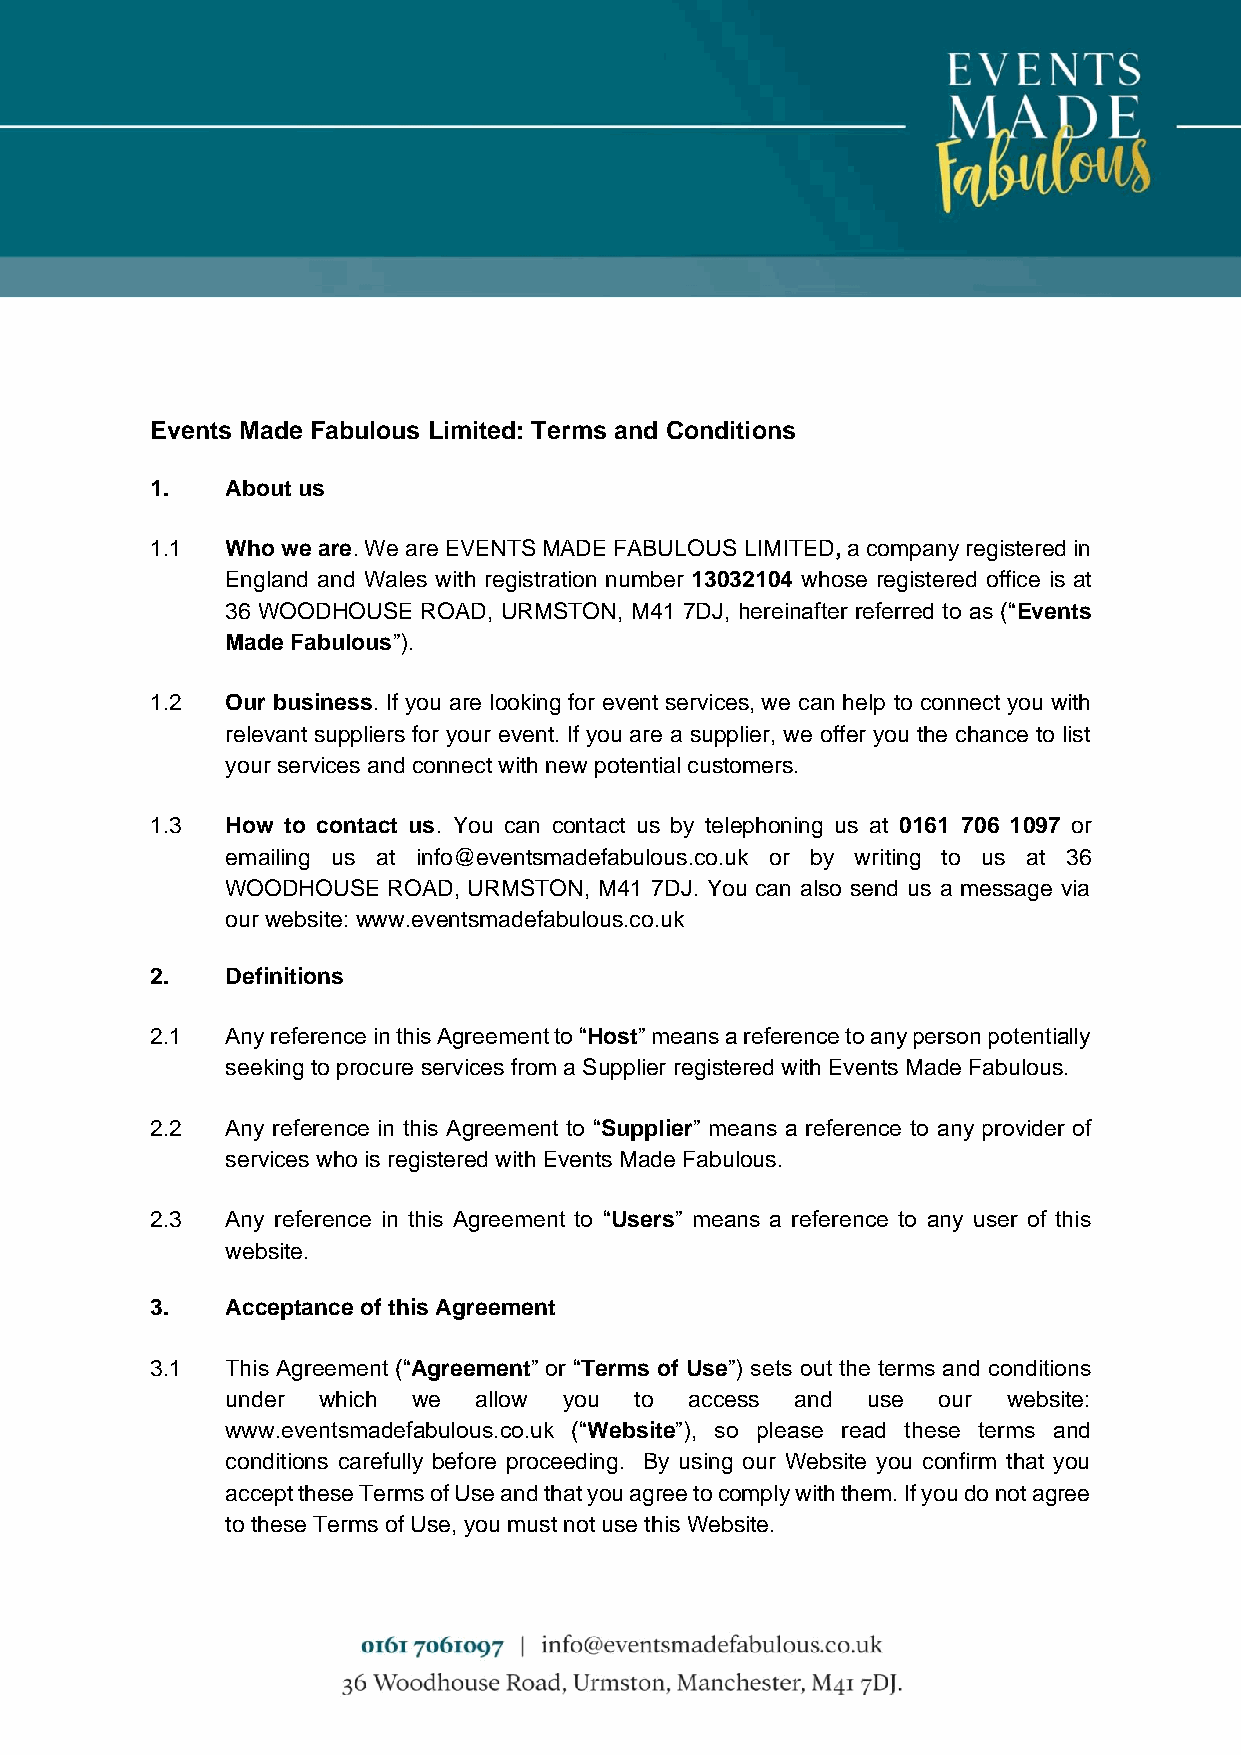
Events Made Fabulous Limited: Terms and Conditions
 1.   About us
 1.1  Who we are. We are EVENTS MADE FABULOUS LIMITED, a company registered in
 England and Wales with registration number 13032104 whose registered office is at
 36 WOODHOUSE ROAD, URMSTON, M41 7DJ, hereinafter referred to as (“Events
 Made Fabulous”).
 1.2  Our business. If you are looking for event services, we can help to connect you with
 relevant suppliers for your event. If you are a supplier, we offer you the chance to list
 your services and connect with new potential customers.
 1.3  How to contact us. You can contact us by telephoning us at 0161 706 1097 or
 emailing us at info@eventsmadefabulous.co.uk or by writing to us at 36
 WOODHOUSE  ROAD, URMSTON, M41 7DJ. You can also send us a message via
 our website: www.eventsmadefabulous.co.uk
 2.   Definitions
 2.1  Any reference in this Agreement to “Host” means a reference to any person potentially
 seeking to procure services from a Supplier registered with Events Made Fabulous.
 2.2  Any reference in this Agreement to “Supplier” means a reference to any provider of
 services who is registered with Events Made Fabulous.
 2.3  Any reference in this Agreement to “Users” means a reference to any user of this
 website.
 3.   Acceptance of this Agreement
 3.1  This Agreement (“Agreement” or “Terms of Use”) sets out the terms and conditions
 under which we  allow you  to  access and use  our  website:
 www.eventsmadefabulous.co.uk (“Website”), so please read these terms and
 conditions carefully before proceeding. By using our Website you confirm that you
 accept these Terms of Use and that you agree to comply with them. If you do not agree
 to these Terms of Use, you must not use this Website.